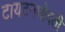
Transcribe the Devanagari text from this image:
टायटनभोवती